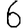
Digit: 6